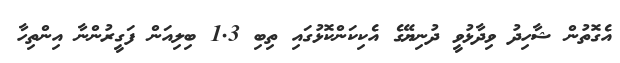
އެގޮތުން ޝާހިދު ވިދާޅުވީ ދުނިޔޭގެ އެކިކަންކޮޅުގައި ތިބި 1.3 ބިލިއަން ފަގީރުންނާ އިންތިހާ